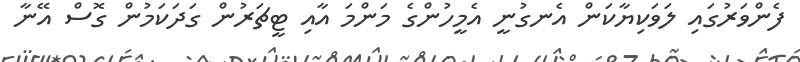
ފެންވަރުގައި ލަވަކިޔާކަން އެނގުނީ އެމީހުންގެ މަންމަ އާއި ޓީޗަރުން ގަދަކަމުން ގޮސް އޭނާ